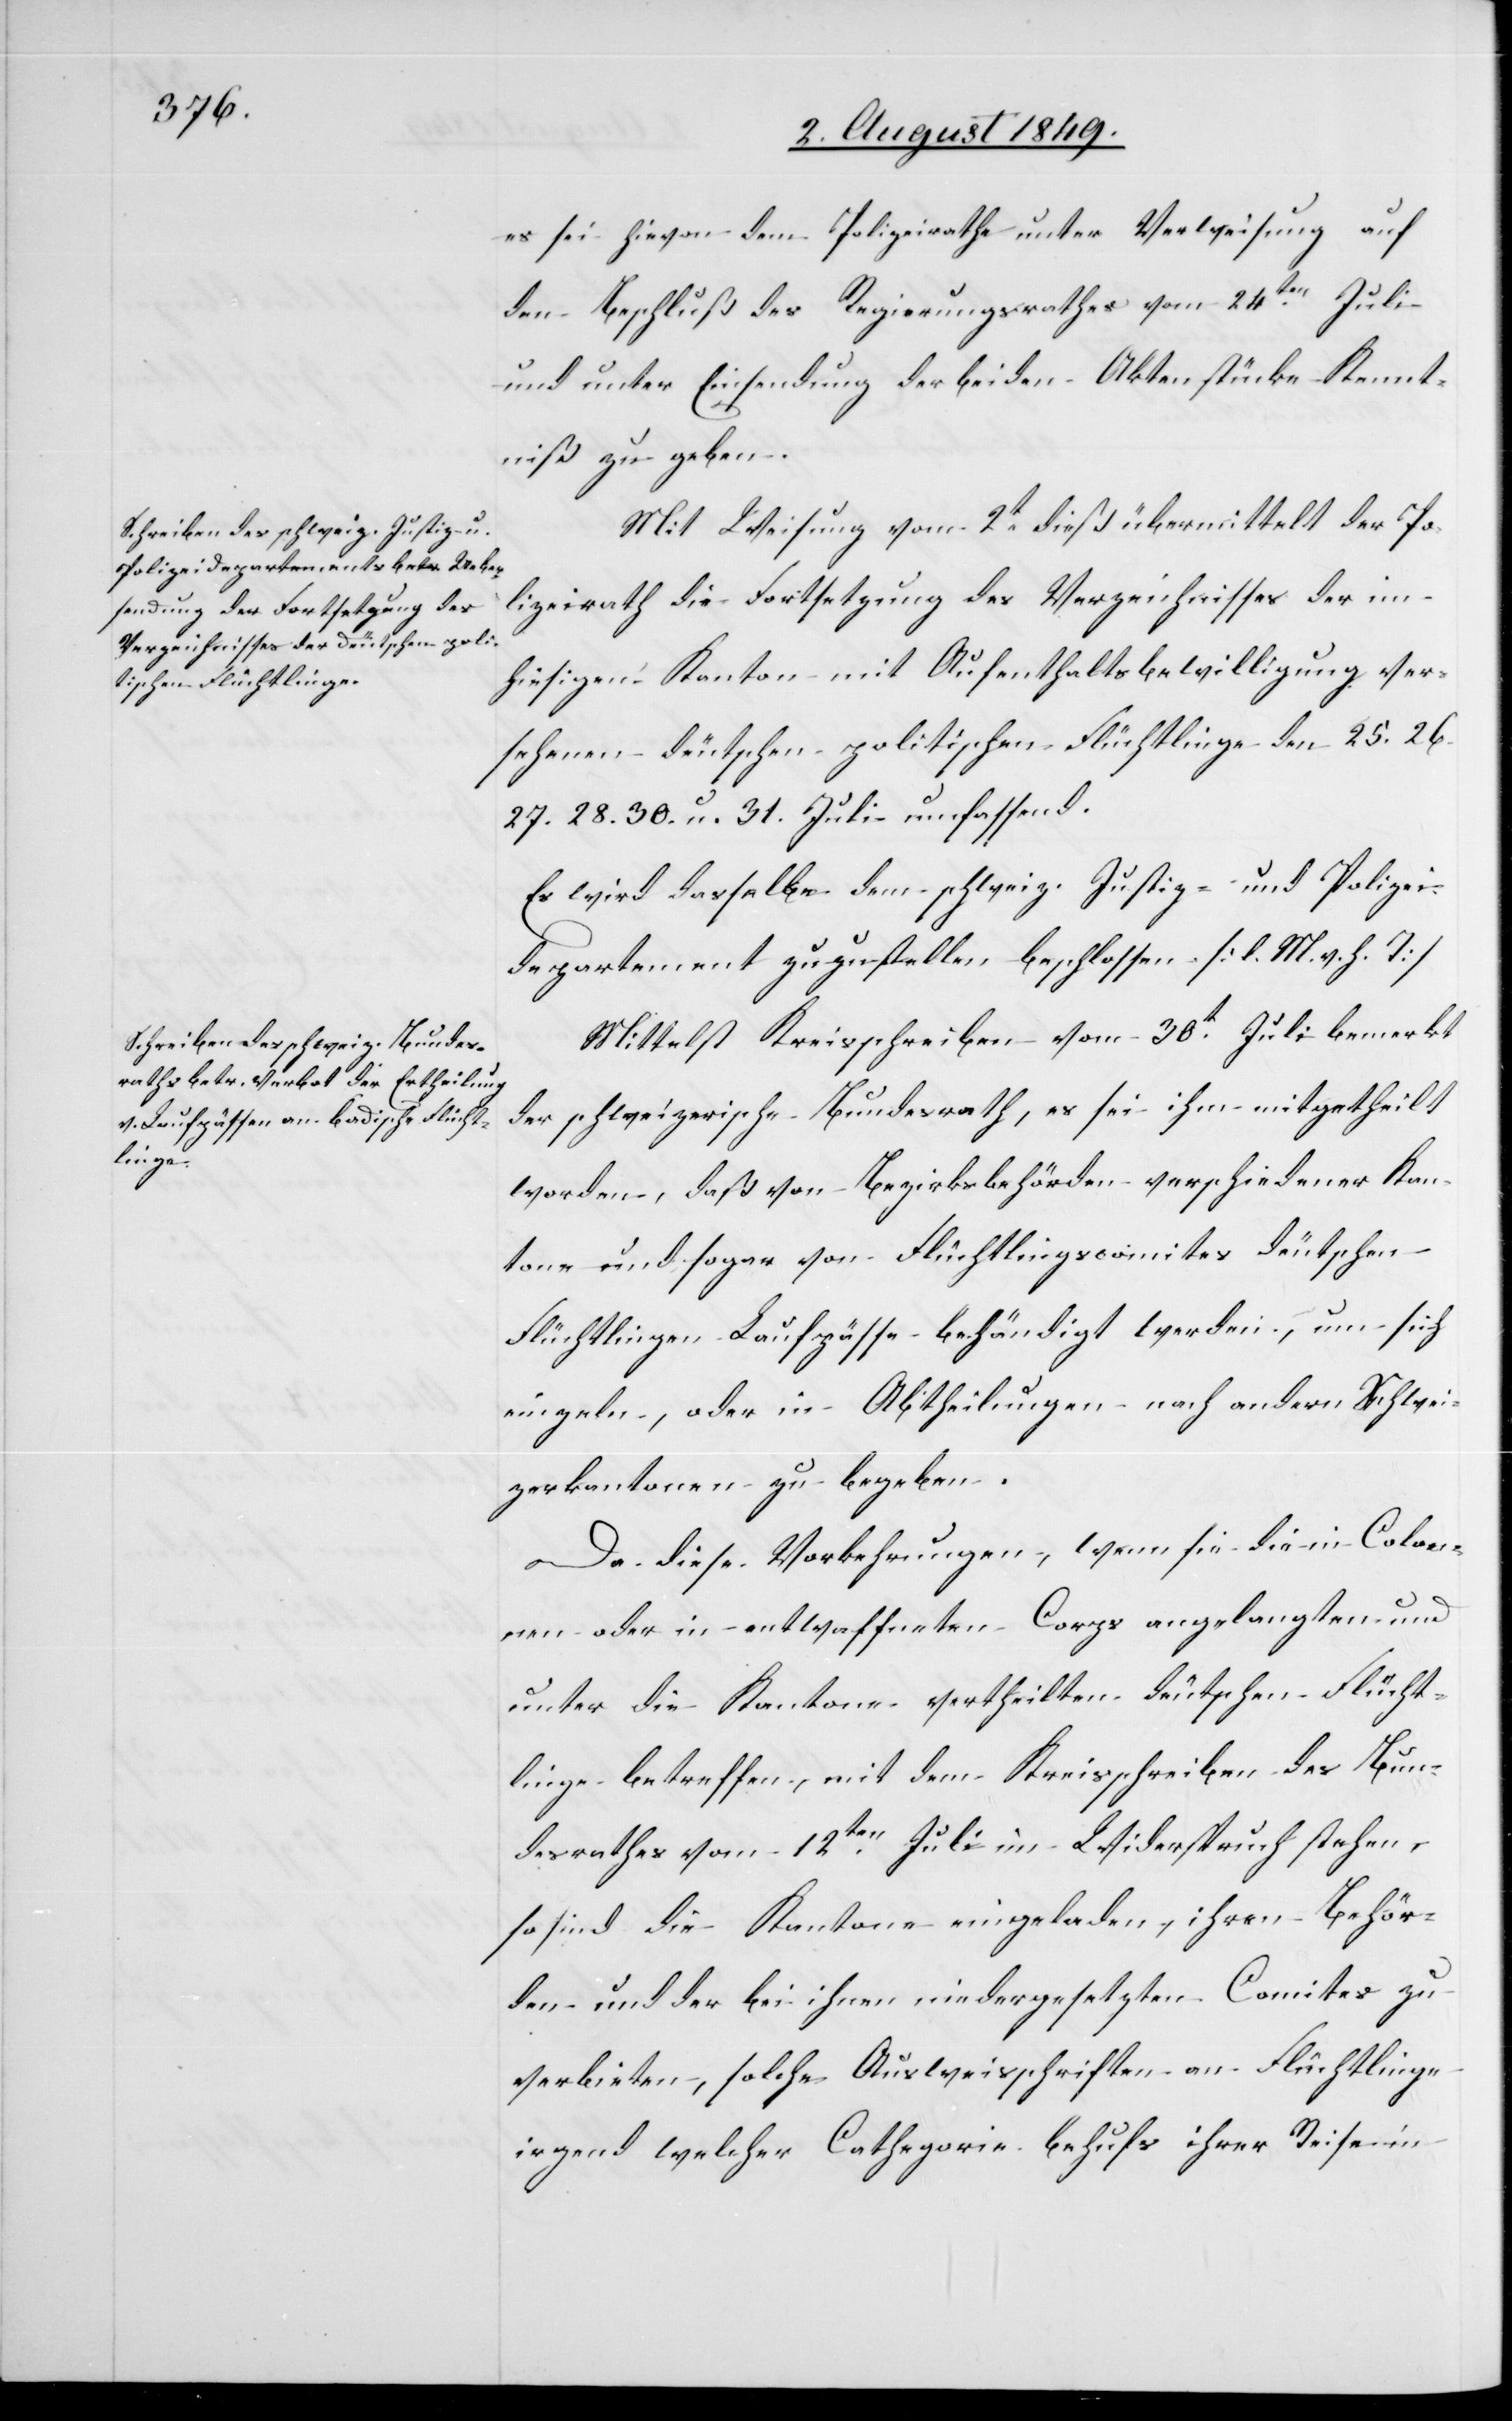
es sei hievon dem Polizeirathe unter Verweisung auf
den Beschluß des Regierungsrathes vom 24ten Juli
und unter Einsendung der beiden Aktenstücke Kennt¬
niß zu geben.
Mit Weisung vom 2t dieß übermittelt der Po¬
lizeirath die Fortsetzung des Verzeichnisses der im
hiesigen Kanton mit Aufenthaltsbewilligung ver¬
sehenen deutschen politischen Flüchtlinge den 25. 26.
27. 28. 30. u. 31. Juli umfassend.
Es wird dasselbe dem schweiz. Justiz- und Polizei¬
departement zuzustellen beschlossen. [l. M. v. h. T]
Mittelst Kreisschreiben vom 30t Juli bemerkt
der schweizerische Bundesrath, es sei ihm mitgetheilt
worden, daß von Bezirksbehörden verschiedener Kan¬
tone und sogar von Flüchtlingscomites deutschen
Flüchtlingen Laufpässe behändigt werden, um sich
einzeln, oder in Abtheilungen nach andern Schwei¬
zerkantonen zu begeben.
Da diese Vorkehrungen, wenn sie die in Colo¬
nen oder in entwaffneten Corps angelangten und
unter die Kantone vertheilten deutschen Flücht¬
linge betreffen, mit dem Kreisschreiben des Bun¬
desrathes vom 12ten Juli im Widerspruch stehen,
so sind die Kantone eingeladen, ihren Behör¬
den und der bei ihnen niedergesetzten Comites zu
verbieten, solche Ausweisschriften an Flüchtlinge
irgend welcher Cathegorie behufs ihrer Reise in